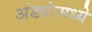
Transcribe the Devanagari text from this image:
अंड्यांमध्ये